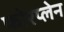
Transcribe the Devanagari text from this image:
फोरप्लेन